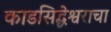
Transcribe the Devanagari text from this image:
काडसिद्धेश्वराचा